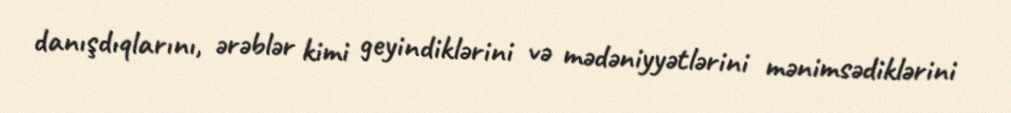
danışdıqlarını, ərəblər kimi geyindiklərini və mədəniyyətlərini mənimsədiklərini